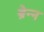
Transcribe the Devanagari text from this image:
ब्रेन्न